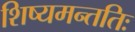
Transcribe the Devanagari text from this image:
शिष्यमन्ततिः